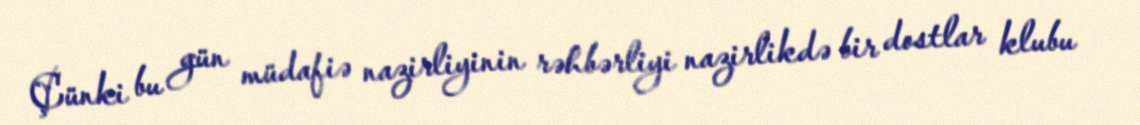
Çünki bu gün müdafiə nazirliyinin rəhbərliyi nazirlikdə bir dostlar klubu